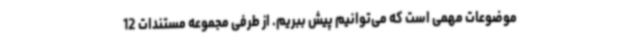
موضوعات مهمی است که می‌توانیم پیش ببریم. از طرفی مجموعه مستندات 12